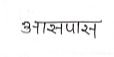
मजकूर: आसपास